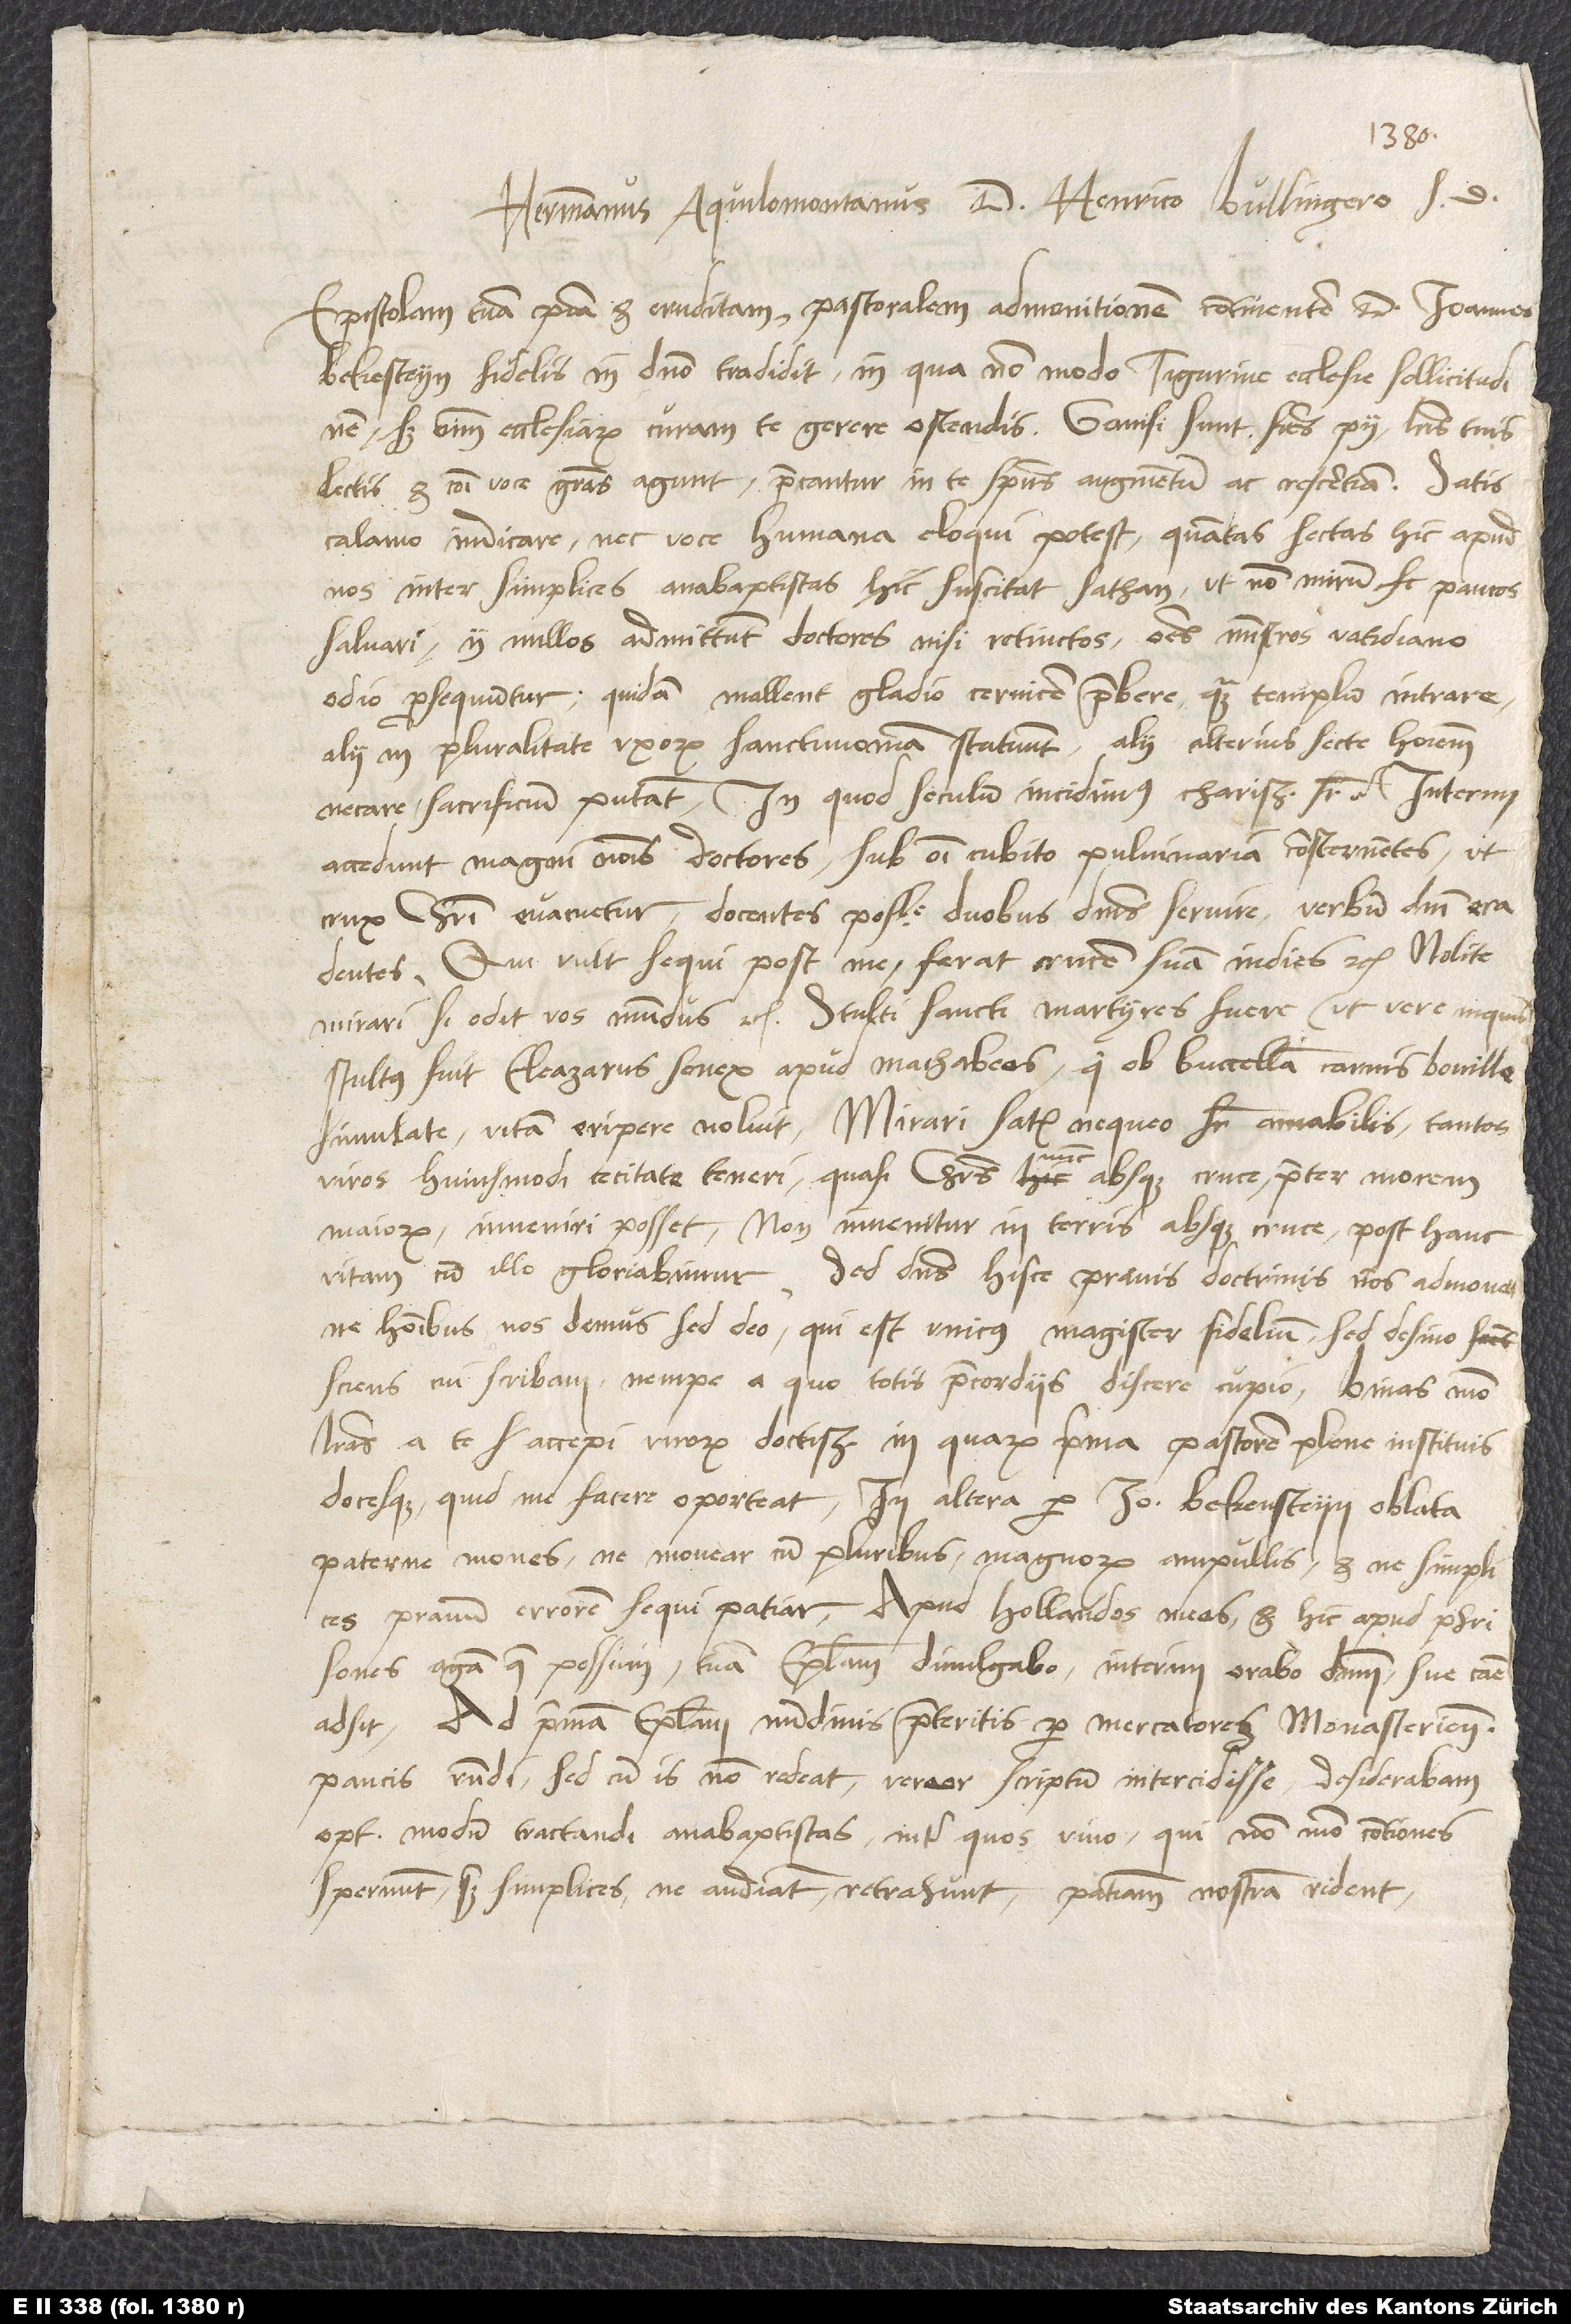
Hermannus Aquilomontanus d. Henrico Bullingero s.
Epistolam tuam piam et eruditam pastoralem admonitionem continentem d. Ioannes
Bekesteyn fidelis in domino tradidit, in qua non modo Tigurine ecclesie sollicitudinem,
sed omnium ecclesiarum curam te gerere ostendis. Gavisi sunt fratres pii literis tuis
lectis et communi voce gratias agunt, precantur in te spiritus augmentum et crescentiam. Satis
calamo indicare nec voce humana eloqui potest, quantas sectas hic apud
nos inter simplices anabaptistas suscitat sathan, ut non mirum paucos
salvari. Ii nullos admittunt doctores nisi retinctos, omnes ministros Vatiniano
odio prosequuntur; quidam mallent gladio cervicem praebere quam templum intrare,
alii in pluralitate uxorum sanctimoniam statuunt, alii alterius secte hominem
necare sacrificium putant. In quod seculum incidimus, charissime frater? Interim
accedunt magni nominis doctores sub omni cubito pulvinariam consternentes, ut
crux Christi evacuetur, docentes posse duobus dominis servire verbum domini eradentes:
„Qui vult sequi post me, ferat crucem suam indies“ etc. Stulti
stultus fuit Eleazarus senex apud Machabeos, qui ob buccellam carnis boville
simulate vitam eripere noluit. Mirari satis nequeo, frater amabilis, tantos
viros huiusmodi cecitate teneri, quasi Christus nunc absque cruce praeter morem
maiorum inveniri posset. Non invenitur in terris absque cruce, post hanc
vitam cum illo gloriabimur. Sed dominus hisce pravis doctrinis nos admonet,
ne hominibus nos demus, sed deo, qui est unicus magister fidelium. Sed desino,
sciens, cui scribam, nempe a quo totis praecordiis discere cupio. Binas modo
literas a te accepi, virorum doctissime, in quarum prima pastorem plene instituis
docesque, quid me facere oporteat; in altera per Io. Bekensteyn oblata
paterne mones, ne movear cum pluribus magnorum ampullis et ne simplices
pravum errorem sequi patiar. Apud Hollandos meos et hic apud Phrisones
agam quam possum, tuam epistolam divulgabo, interim orabo dominum, sue cause
adsit. Ad primam epistolam nundinis praeteritis per mercatorem Monasterien
paucis respondi, sed cum is non redeat, vereor scriptum intercidisse; desiderabam
optimum modum tractandi anabaptistas, inter quos vivo, qui non modo contiones
spernunt, sed simplices, ne audiant, retrahunt, patientiam nostram rident,